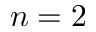
n = 2